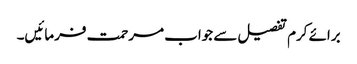
برائے کرم تفصیل سے جواب مرحمت فرمائیں۔